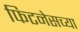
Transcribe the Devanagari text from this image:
फिटनेसच्या